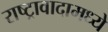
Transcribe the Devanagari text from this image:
राष्ट्रावादामध्ये